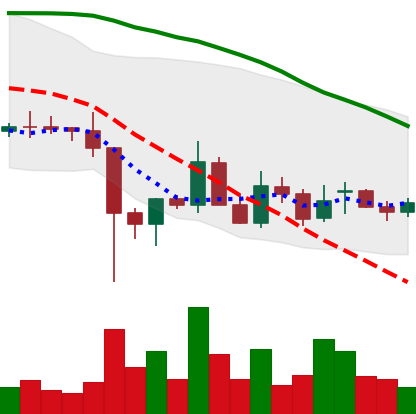
Ticker: EOS-USD
Chart end date: 2021-12-18
Forward return: 7.664%
Label: up_7plus